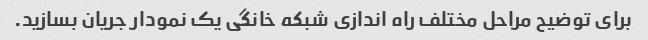
برای توضیح مراحل مختلف راه اندازی شبکه خانگی یک نمودار جریان بسازید.